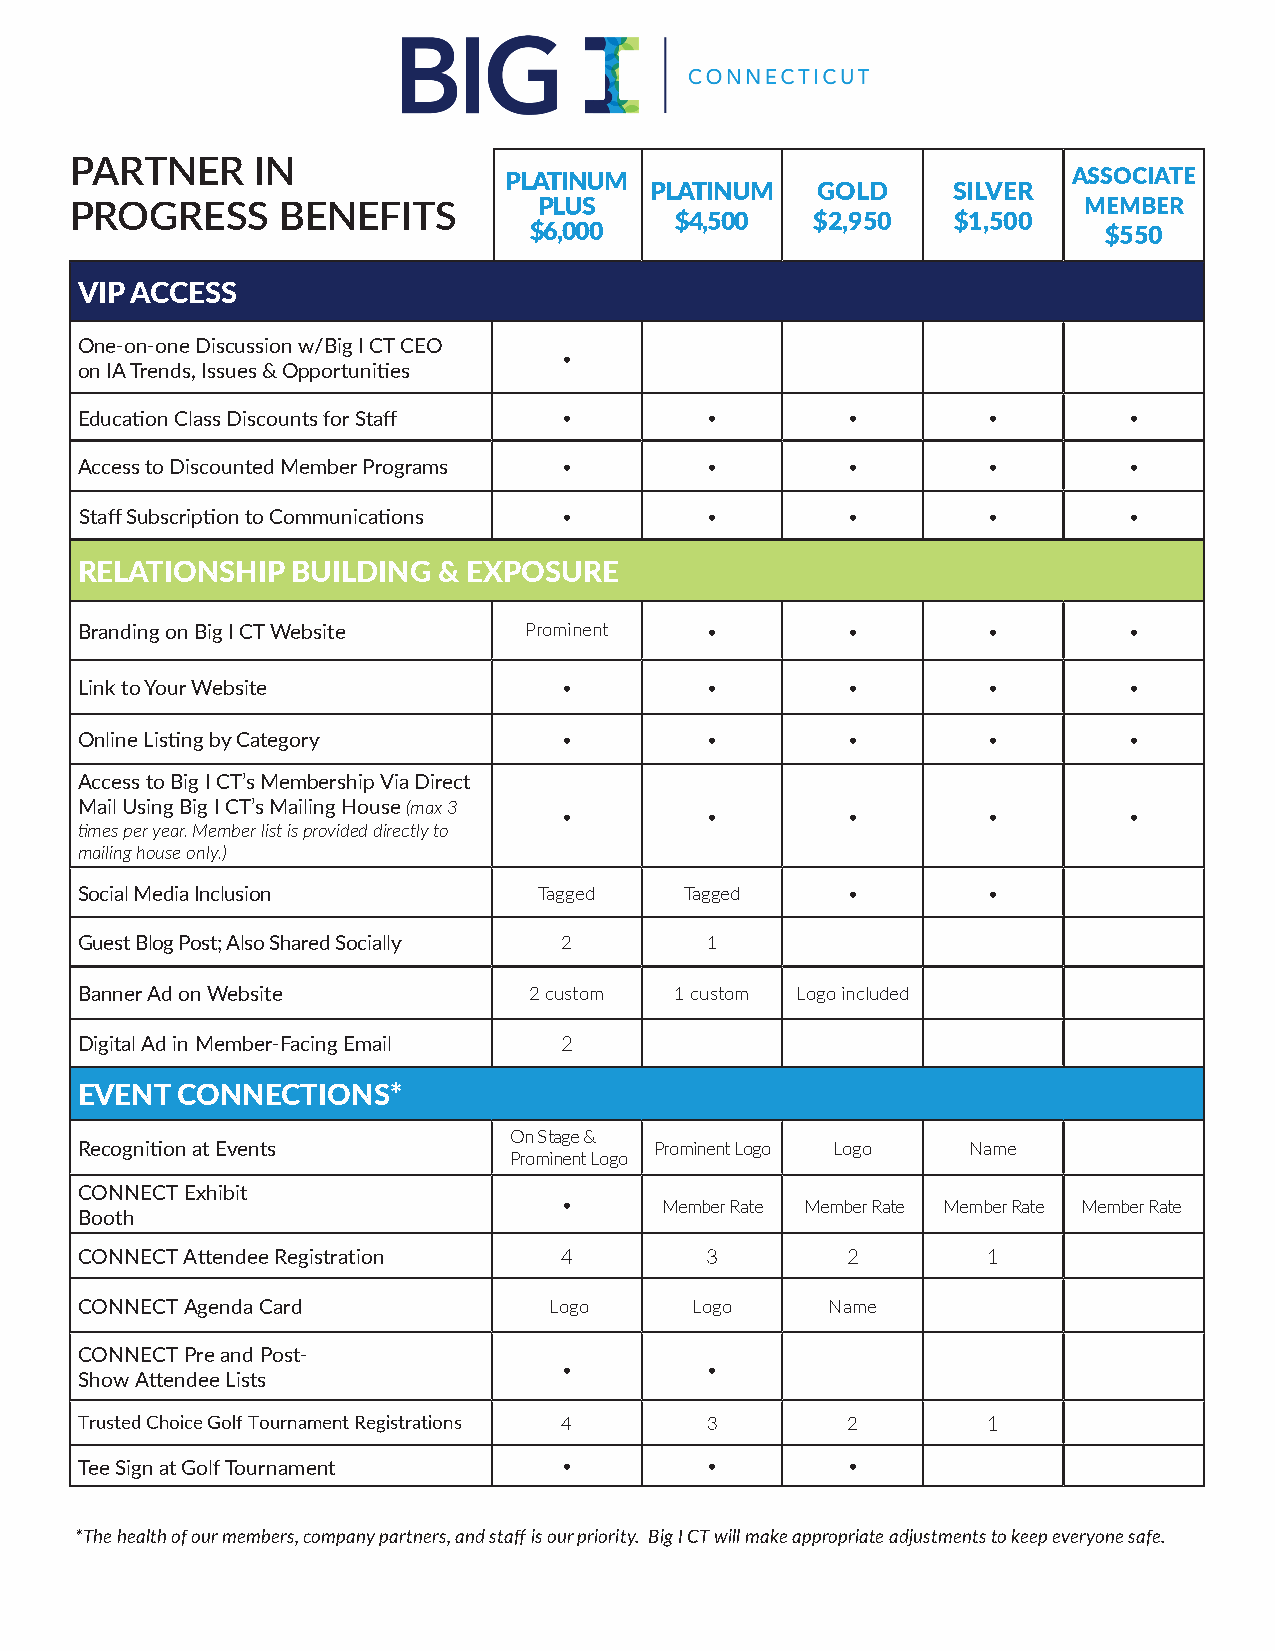
PARTNER     IN
 PLATINUM                              ASSOCIATE
 PLATINUM   GOLD     SILVER
 PROGRESS     BENEFITS          PLUS                                MEMBER
 $4,500   $2,950   $1,500
 $6,000                                $550
 VIP ACCESS
 One-on-one Discussion w/Big I CT CEO
 •
 on IA Trends, Issues & Opportunities
 Education Class Discounts for Staff •     •        •        •         •
 Access to Discounted Member Programs •    •        •        •         •
 Staff Subscription to Communications •    •        •        •         •
 RELATIONSHIP  BUILDING  & EXPOSURE
 Branding on Big I CT Website  Prominent   •        •        •         •
 Link to Your Website            •         •        •        •         •
 Online Listing by Category      •         •        •        •         •
 Access to Big I CT’s Membership Via Direct
 Mail Using Big I CT’s Mailing House (max 3
 •         •        •        •         •
 times per year. Member list is provided directly to
 mailing house only.)
 Social Media Inclusion         Tagged   Tagged     •        •
 Guest Blog Post; Also Shared Socially 2   1
 Banner Ad on Website          2 custom  1 custom Logo included
 Digital Ad in Member-Facing Email 2
 EVENT  CONNECTIONS*
 On Stage &
 Recognition at Events                 Prominent Logo Logo  Name
 Prominent Logo
 CONNECT Exhibit
 •      Member Rate Member Rate Member Rate Member Rate
 Booth
 CONNECT Attendee Registration   4         3        2        1
 CONNECT Agenda Card            Logo      Logo     Name
 CONNECT Pre and Post-
 •         •
 Show Attendee Lists
 Trusted Choice Golf Tournament Registrations 4 3   2        1
 Tee Sign at Golf Tournament     •         •        •
 *The health of our members, company partners, and staff is our priority. Big I CT will make appropriate adjustments to keep everyone safe.